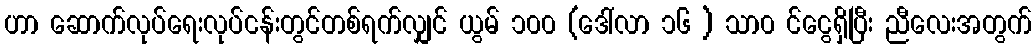
ဟာ ဆောက်လုပ်ရေးလုပ်ငန်းတွင်တစ်ရက်လျှင် ယွမ် ၁၀၀ (ဒေါ်လာ ၁၆ ) သာ၀ င်ငွေရှိပြီး ညီလေးအတွက်